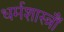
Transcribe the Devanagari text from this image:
धर्मशास्त्रौं